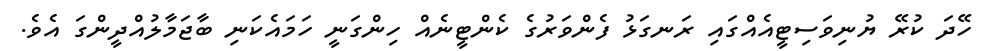
ހޭދަ ކުރޭ ޔުނިވަސިޓީއެއްގައި ރަނގަޅު ފެންވަރުގެ ކެންޓީނެއް ހިންގަނީ ހަމައެކަނި ބާޖަމާލުއްދީންގަ އެވެ.